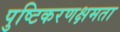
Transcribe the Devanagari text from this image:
पुष्टिकरणक्षमता